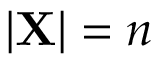
| \mathbf { X } | = n